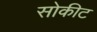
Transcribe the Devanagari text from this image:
सोकीट